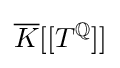
{\overline {K}}[[T^{\mathbb {Q} }]]